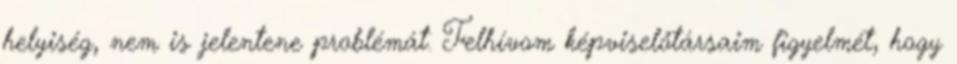
helyiség, nem is jelentene problémát. Felhívom képviselőtársaim figyelmét, hogy